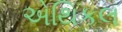
એથિકલ